Leaving Certificate Examination (including Day School Certificate (Higher) General paper), 1938
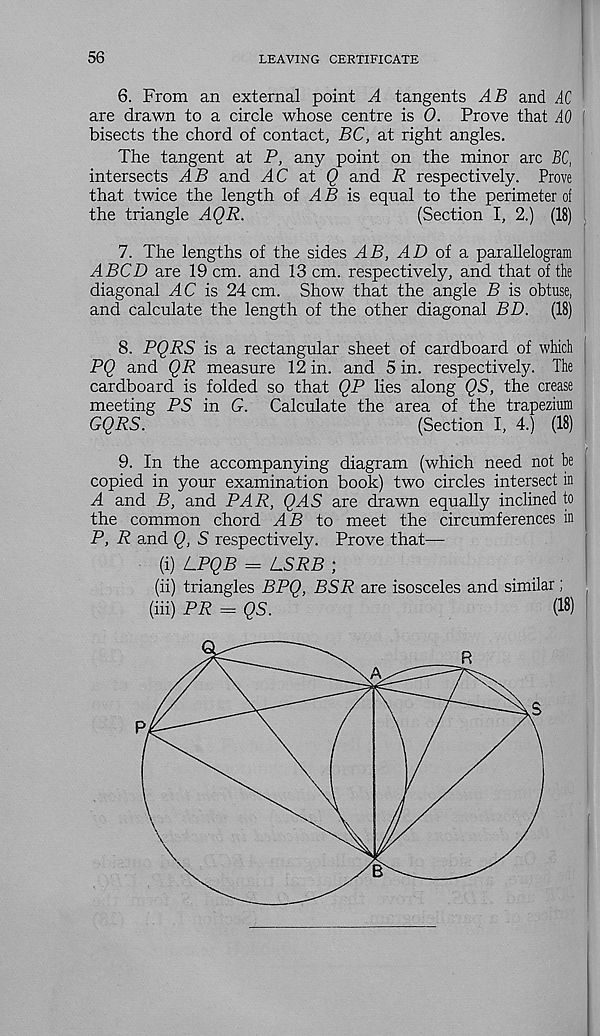
56
LEAVING CERTIFICATE
6. From an external point A tangents AB and AC
are drawn to a circle whose centre is 0. Prove that AO 1
bisects the chord of contact, BC, at right angles.
The tangent at P, any point on the minor arc BC,
intersects AB and AC a.t Q and R respectively. Prove
that twice the length of AB is equal to the perimeter of
the triangle AQR.
(Section I, 2.) (18)
7. The lengths of the sides AB, AD of a parallelogram
ABCD are 19 cm. and 13 cm. respectively, and that of the
diagonal AC is 24 cm. Show that the angle B is obtuse,
and calculate the length of the other diagonal BD. (18)
8. PQRS is a rectangular sheet of cardboard of which
PQ and QR measure 12 in. and 5 in. respectively. The
cardboard is folded so that QP lies along QS, the crease
meeting PS in G. Calculate the area of the trapezium
GQRS.
(Section I, 4.) (18)
f
9. In the accompanying diagram (which need not be
copied in your examination book) two circles intersect in
A and B, and PAR, QAS are drawn equally inclined to
the common chord AB to meet the circumferences in
P, R and Q, S respectively. Prove that—
(i) LPQB = LSRB ;
(ii) triangles BPQ, BSR are isosceles and similar;
(iii) PR = QS.
(IS)